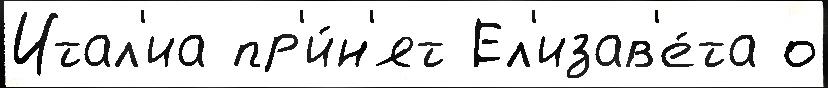
Итал'иа пр'и́н'ят Ел'изав'е́та о